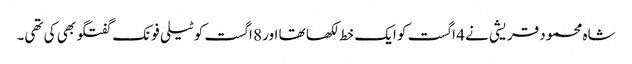
شاہ محمود قریشی نے 4 اگست کو ایک خط لکھا تھا اور 8 اگست کو ٹیلی فونک گفتگو بھی کی تھی۔